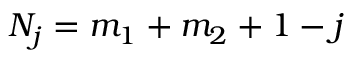
N _ { j } = m _ { 1 } + m _ { 2 } + 1 - j